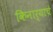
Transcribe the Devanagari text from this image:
किनार्याचे